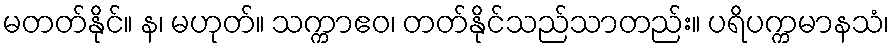
မတတ်နိုင်။ န၊ မဟုတ်။ သက္ကာဧဝ၊ တတ်နိုင်သည်သာတည်း။ ပရိပက္ကမာနသံ၊